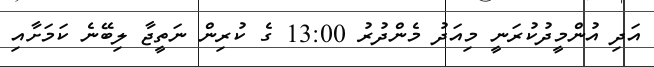
އަދި އުންމީދުކުރަނީ މިއަދު މެންދުރު 13:00 ގެ ކުރިން ނަތީޖާ ލިބޭނެ ކަމަށާއި